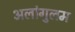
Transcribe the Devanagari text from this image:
अलांगुलम